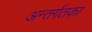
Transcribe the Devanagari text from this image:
अन्तर्गतका